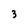
Character: 3